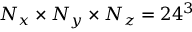
N _ { x } \times N _ { y } \times N _ { z } = 2 4 ^ { 3 }